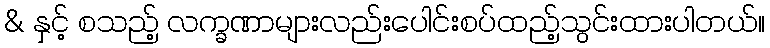
& နှင့် စသည့် လက္ခဏာများလည်းပေါင်းစပ်ထည့်သွင်းထားပါတယ်။